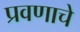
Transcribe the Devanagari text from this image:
प्रवणाचे